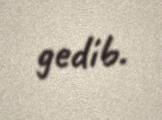
gedib.